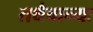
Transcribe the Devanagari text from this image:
तथैवान्यः